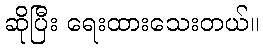
ဆိုပြီး ရေးထားသေးတယ်။